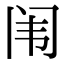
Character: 闱